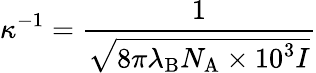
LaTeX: \kappa^{-1}={\frac{1}{\sqrt{8\pi\lambda_{\mathrm{{B}}}N_{\mathrm{{A}}}\times 10^{3}I}}}